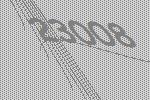
23008